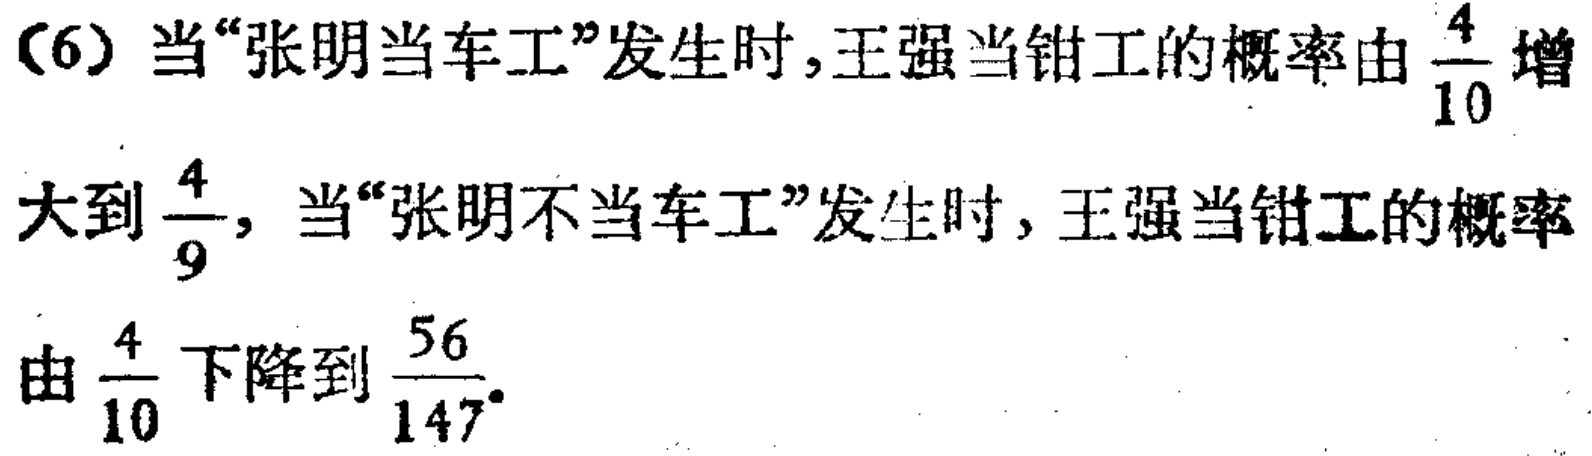
(6) 当“张明当车工”发生时,王强当钳工的概率由$\frac{4}{10}$增大到$\frac{4}{9}$, 当“张明不当车工”发生时, 王强当钳工的概率由$\frac{4}{10}$下降到$\frac{56}{147}$.